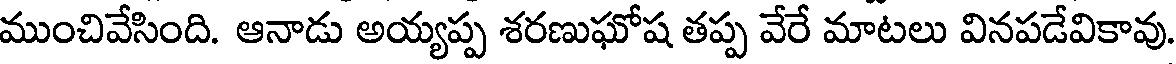
ముంచివేసింది. ఆనాడు అయ్యప్ప శరణుఘోష తప్ప వేరే మాటలు వినపడేవికావు